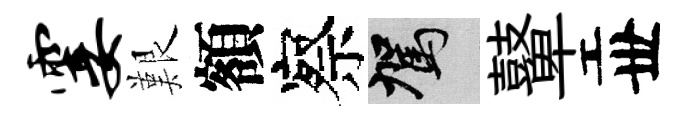
霎艱額察駕鼙丗